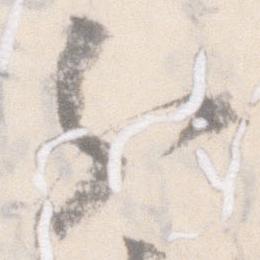
分